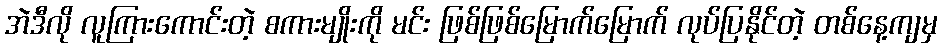
အဲဒီလို လူကြားကောင်းတဲ့ စကားမျိုးကို မင်း ဖြစ်ဖြစ်မြောက်မြောက် လုပ်ပြနိုင်တဲ့ တစ်နေ့ကျမှ